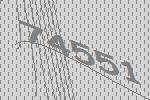
74551